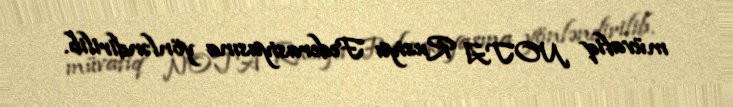
müvafiq NOTA Rusiya Federasiyasına yönləndirilib.